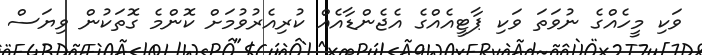
ވަކި މީހެއްގެ ނުވަތަ ވަކި ޕާޓީއެއްގެ އެޖެންޑާއެއް ކުރިއެރުވުމަށް ކޮންމެ ގޮތަކުން ވިޔަސް